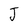
Character: J